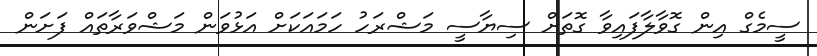
ސީމެގް އިން ގޮވާލާފައިވާ ގޮތަށް ސިޔާސީ މަޝްރަހު ހަމައަކަށް އަޅުވަން މަޝްވަރާތައް ފަށަން